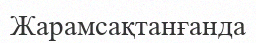
Жарамсақтанғанда